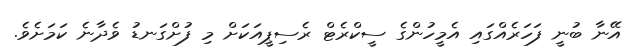
އޭނާ ބުނީ ފަހަރެއްގައި އެމީހުންގެ ސީކްރެޓް ރެސިޕީއަކަށް މި ފުށްގަނޑު ވެދާނެ ކަމަށެވެ.